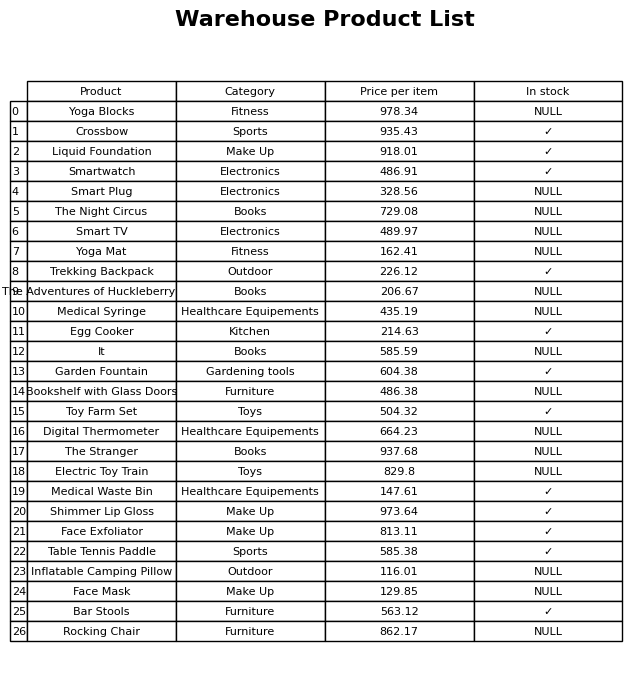
question: What is the price of the Face Mask?
answer: The price of Face Mask is 129.85.